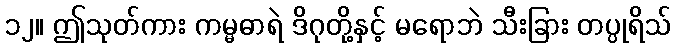
၁၂။ ဤသုတ်ကား ကမ္မဓာရဲ ဒိဂုတို့နှင့် မရောဘဲ သီးခြား တပ္ပုရိသ်